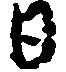
日